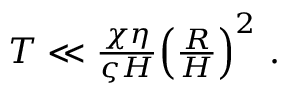
\begin{array} { r } { T \ll \frac { \chi \eta } { \varsigma H } \Big ( \frac { R } { H } \Big ) ^ { 2 } \ . \ } \end{array}